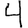
Digit: 4